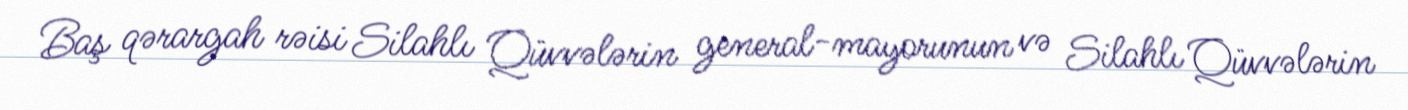
Baş qərargah rəisi Silahlı Qüvvələrin general-mayorunun və Silahlı Qüvvələrin